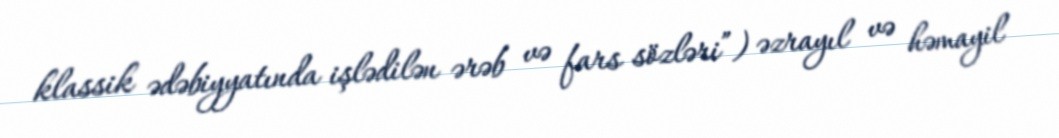
klassik ədəbiyyatında işlədilən ərəb və fars sözləri”) əzrayıl və həmayil